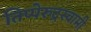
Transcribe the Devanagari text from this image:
तिप्पेरुद्रस्वामी